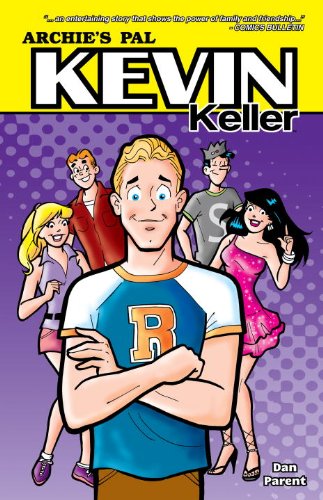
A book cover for Kevin Keller (Archie); Dan Parent; Gay & Lesbian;